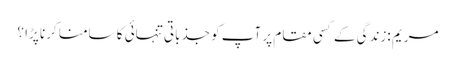
مریم :زندگی کے کسی مقام پر آپ کو جذباتی تنہائی کا سامنا کرنا پڑا ؟